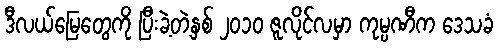
ဒီလယ်မြေတွေကို ပြီးခဲ့တဲ့နှစ် ၂၀၁၀ ဇူလိုင်လမှာ ကုမ္ပဏီက ဒေသခံ